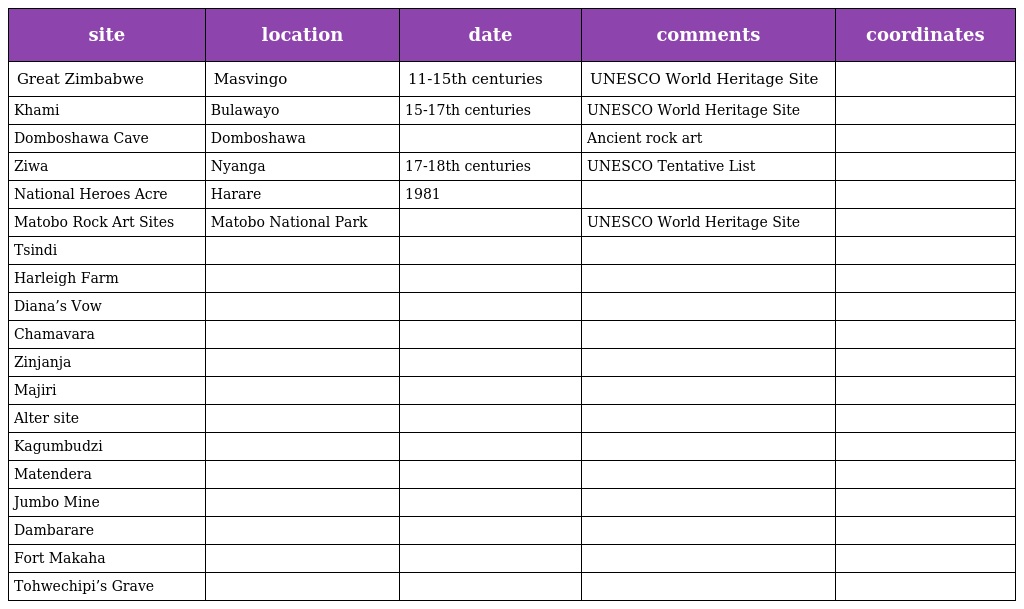
| site | location | date | comments | coordinates |
 | --- | --- | --- | --- | --- |
 | Great Zimbabwe | Masvingo | 11-15th centuries | UNESCO World Heritage Site |  |
 | Khami | Bulawayo | 15-17th centuries | UNESCO World Heritage Site |  |
 | Domboshawa Cave | Domboshawa |  | Ancient rock art |  |
 | Ziwa | Nyanga | 17-18th centuries | UNESCO Tentative List |  |
 | National Heroes Acre | Harare | 1981 |  |  |
 | Matobo Rock Art Sites | Matobo National Park |  | UNESCO World Heritage Site |  |
 | Tsindi |  |  |  |  |
 | Harleigh Farm |  |  |  |  |
 | Diana’s Vow |  |  |  |  |
 | Chamavara |  |  |  |  |
 | Zinjanja |  |  |  |  |
 | Majiri |  |  |  |  |
 | Alter site |  |  |  |  |
 | Kagumbudzi |  |  |  |  |
 | Matendera |  |  |  |  |
 | Jumbo Mine |  |  |  |  |
 | Dambarare |  |  |  |  |
 | Fort Makaha |  |  |  |  |
 | Tohwechipi’s Grave |  |  |  |  |